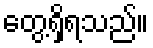
တွေ့ရှိရသည်။